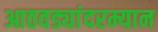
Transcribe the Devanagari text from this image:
आठवड्यांदरम्यान